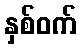
နှစ်ဝက်